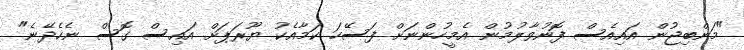
"މަންބިޖުން އައިއެސް ފޮނުވާލުމުން އެމީހުންނަށް ފަސޭހަ ކަމާއެކު ޔޫރަޕަށް އައިސް ގޮސް ނެހެދޭނެ"